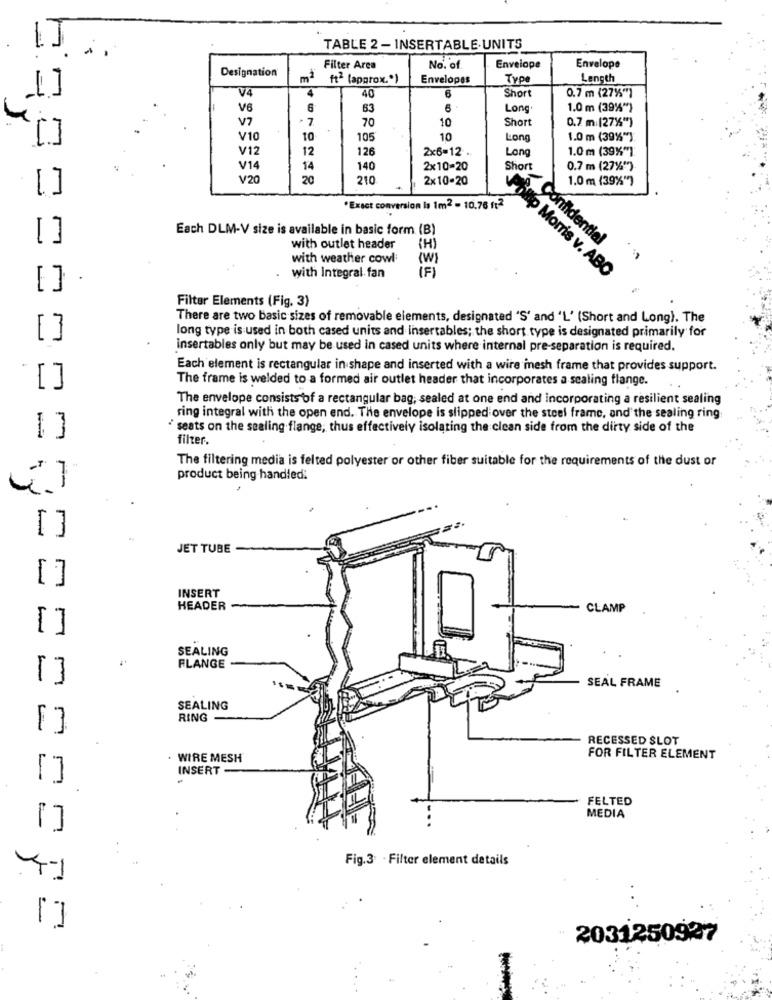
4
TABLE 2 - INSERTABLE UNITS
Designation
Filter Area
No. of
Envelope
Envelope
m2
ft2 (approx.")
Envelopes
Type
Length
4
Short
0.7 m (27%")
40
6
V6
6
63
6
Long
1.0 m (39%")
· 7
10
Short
0.7 m:(27%%")
V7
70
V10
10
105
10
Long
1.0 m (39%")
V12
12
126
2x6-12 .
1.0 m (39%")
Long
V14
14
140
2x10-20
Short
0.7 m (27% ** )
V20
20
210
2×10-20
1.0 m (39%")
"Exact conversion Is 1m2 - 10.76 ft2
Each DLM-V size is available in basic form (B)
Confidential
with outlet header
(H)
with weather cowl
(W)
with Integral fan
(F)
Pillip Morris v. ABO
Filter Elements (Fig. 3)
There are two basic sizes of removable elements, designated 'S' and 'L' (Short and Long). The
long type is used in both cased units and insertables; the short type is designated primarily for
insertables only but may be used in cased units where internal pre-separation is required.
Each element is rectangular in shape and inserted with a wire mesh frame that provides support.
The frame is welded to a formed air outlet header that incorporates a scaling flange.
The envelope consists of a rectangular bag, sealed at one end and incorporating a resilient sealing
ring integral with the open end. The envelope is slipped over the steel frame, and the sealing ring
" seats on the sealing flange, thus effectively isolating the clean side from the dirty side of the
filter.
The filtering media is felted polyester or other fiber suitable for the requirements of the dust or
product being handled:
JET TUBE
INSERT
HEADER
CLAMP
SEALING
FLANGE
SEAL FRAME
SEALING
RING -
RECESSED SLOT
WIRE MESH
FOR FILTER ELEMENT
INSERT-
FELTED
MEDIA
Fig.3 . Filter element details
2031250927